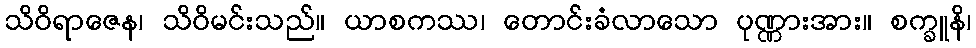
သိဝိရာဇေန၊ သိဝိမင်းသည်။ ယာစကဿ၊ တောင်းခံလာသော ပုဏ္ဏားအား။ စက္ခူနိ၊